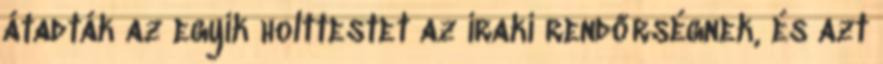
átadták az egyik holttestet az iraki rendőrségnek, és azt